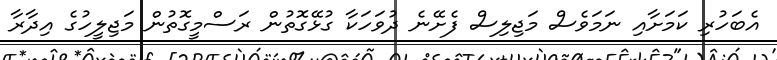
އެބަހުރި ކަމަށާއި ނަމަވެސް މަޖިލިސް ފެށޭނެ ދުވަހަކާ ގުޅޭގޮތުން ރަސްމީގޮތުން މަޖިލީހުގެ އިދާރާ